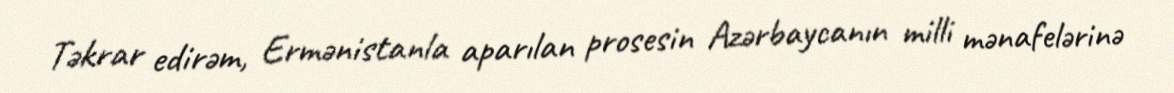
Təkrar edirəm, Ermənistanla aparılan prosesin Azərbaycanın milli mənafelərinə